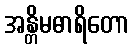
အန္တိမဓာရိတော